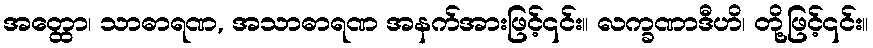
အတ္ထော၊ သာဓာရဏ, အသာဓာရဏ အနက်အားဖြင့်၎င်း။ လက္ခဏာဒီဟိ၊ တို့ဖြင့်၎င်း။